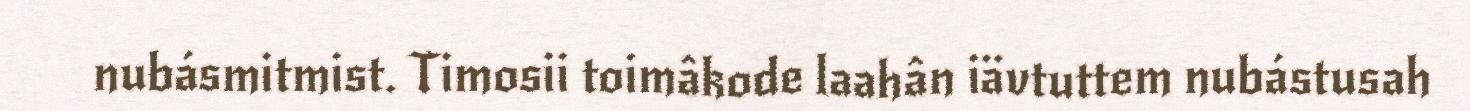
nubásmitmist. Timosii toimâkode laahân iävtuttem nubástusah